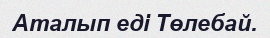
Аталып еді Төлебай.